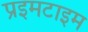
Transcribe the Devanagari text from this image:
प्रइमटाइम